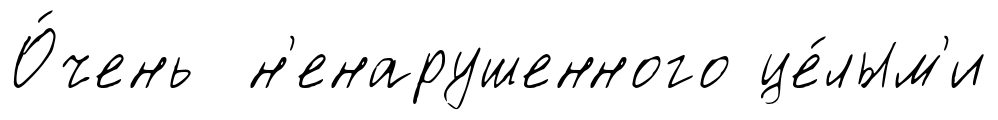
О́чень н'енарушенного це́лым'и